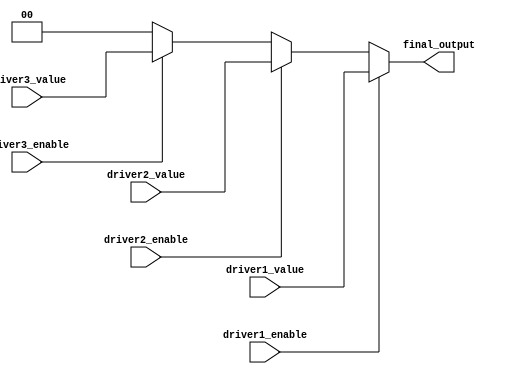
module multiple_drivers (
    input wire driver1_enable,
    input wire driver2_enable,
    input wire driver3_enable,
    input wire [1:0] driver1_value, // 2-bit value from driver 1
    input wire [1:0] driver2_value, // 2-bit value from driver 2
    input wire [1:0] driver3_value, // 2-bit value from driver 3
    output wire [1:0] final_output   // Final resolved output
);

// Declare the signal that is driven by multiple sources
wire [1:0] driver1_output;
wire [1:0] driver2_output;
wire [1:0] driver3_output;

// Continuous assignments from multiple drivers
assign driver1_output = driver1_enable ? driver1_value : 2'b00; // Driver 1 output
assign driver2_output = driver2_enable ? driver2_value : 2'b00; // Driver 2 output
assign driver3_output = driver3_enable ? driver3_value : 2'b00; // Driver 3 output

// Resolution logic using priority encoding
assign final_output = (driver1_enable) ? driver1_output :
                      (driver2_enable) ? driver2_output :
                      (driver3_enable) ? driver3_output :
                      2'b00; // Default value if no driver is enabled

endmodule